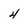
Character: 4